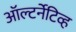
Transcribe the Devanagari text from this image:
ऑल्टर्नेटिव्ह